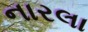
નારલા